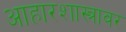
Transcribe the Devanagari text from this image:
आहारशास्त्रावर